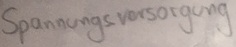
Text: Spannungsversorgung